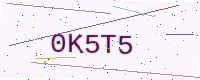
Text: 0K5T5